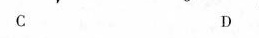
C D